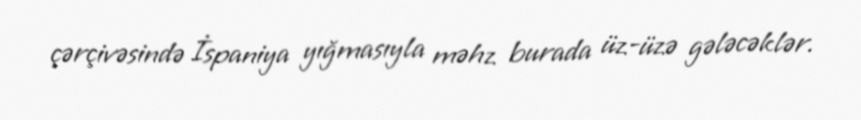
çərçivəsində İspaniya yığmasıyla məhz burada üz-üzə gələcəklər.